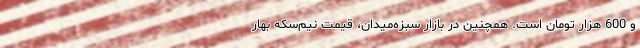
و 600 هزار تومان است. همچنین در بازار سبزه‌میدان، قیمت نیم‌سکه بهار